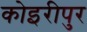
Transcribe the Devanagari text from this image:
कोइरीपुर